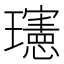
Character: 𪼭